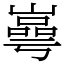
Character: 㠋